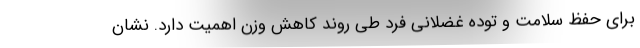
برای حفظ سلامت و توده غضلانی فرد طی روند کاهش وزن اهمیت دارد. نشان